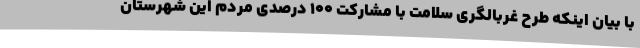
با بیان اینکه طرح غربالگری سلامت با مشارکت 100 درصدی مردم این شهرستان